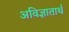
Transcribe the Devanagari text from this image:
अविज्ञातार्थ